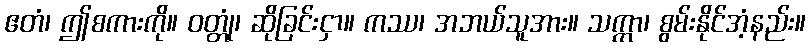
ဧတံ၊ ဤစကားကို။ ဝတ္တုံ၊ ဆိုခြင်းငှာ။ ကဿ၊ အဘယ်သူအား။ သက္ကာ၊ စွမ်းနိုင်အံ့နည်း။